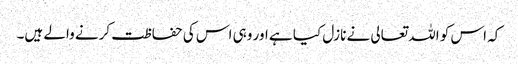
کہ اس کو اللہ تعالی نے نازل کیا ہے اور وہی اس کی حفاظت کرنے والے ہیں۔